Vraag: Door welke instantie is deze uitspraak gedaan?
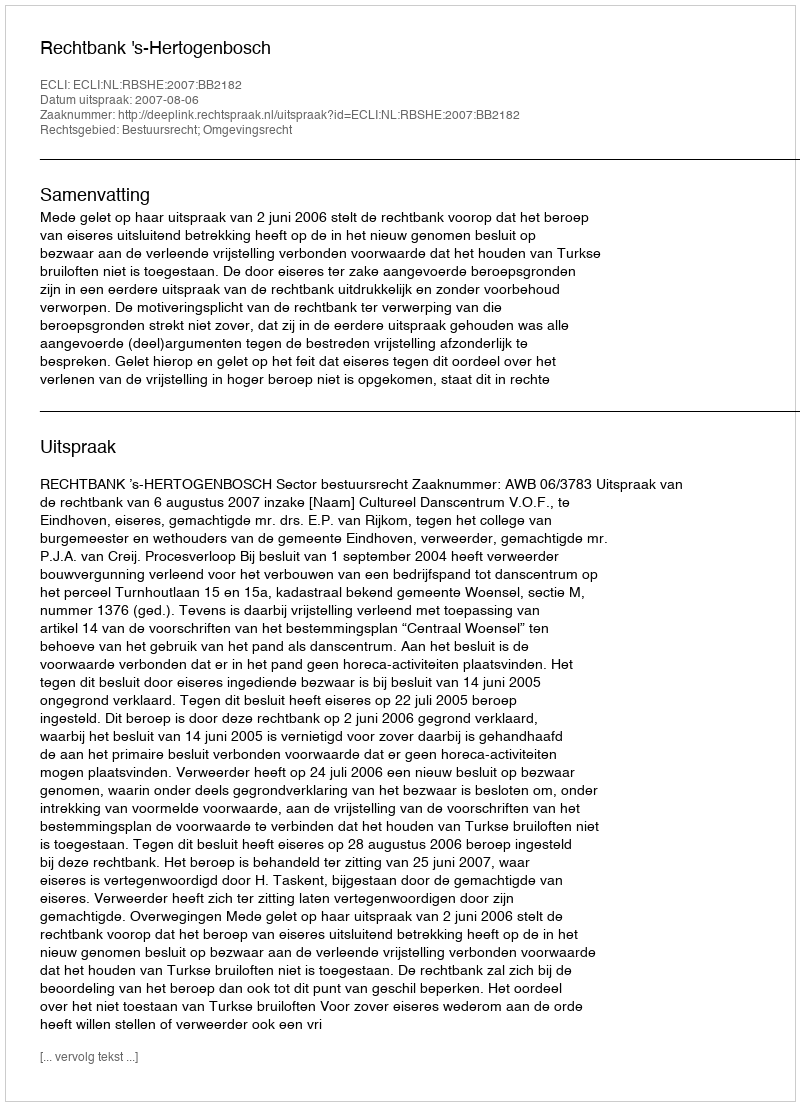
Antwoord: Rechtbank 's-Hertogenbosch